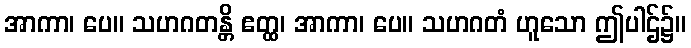
အာကာ၊ ပေ။ သဟဂတန္တိ ဧတ္ထ၊ အာကာ၊ ပေ။ သဟဂတံ ဟူသော ဤပါဌ်၌။